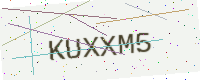
Text: KUXXM5